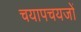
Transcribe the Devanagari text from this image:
चयापचयजों